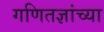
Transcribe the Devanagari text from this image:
गणितज्ञांच्या